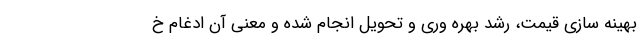
بهینه سازی قیمت، رشد بهره وری و تحویل انجام شده و معنی آن ادغام خ